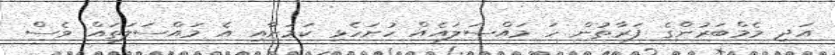
އަދި މެމްބަރުންގެ ފަރާތުން ހަ މައްސަލައެއް ހުށަހެޅި ކަމަށާއި އެ މައްސަލަތައް ވެސް